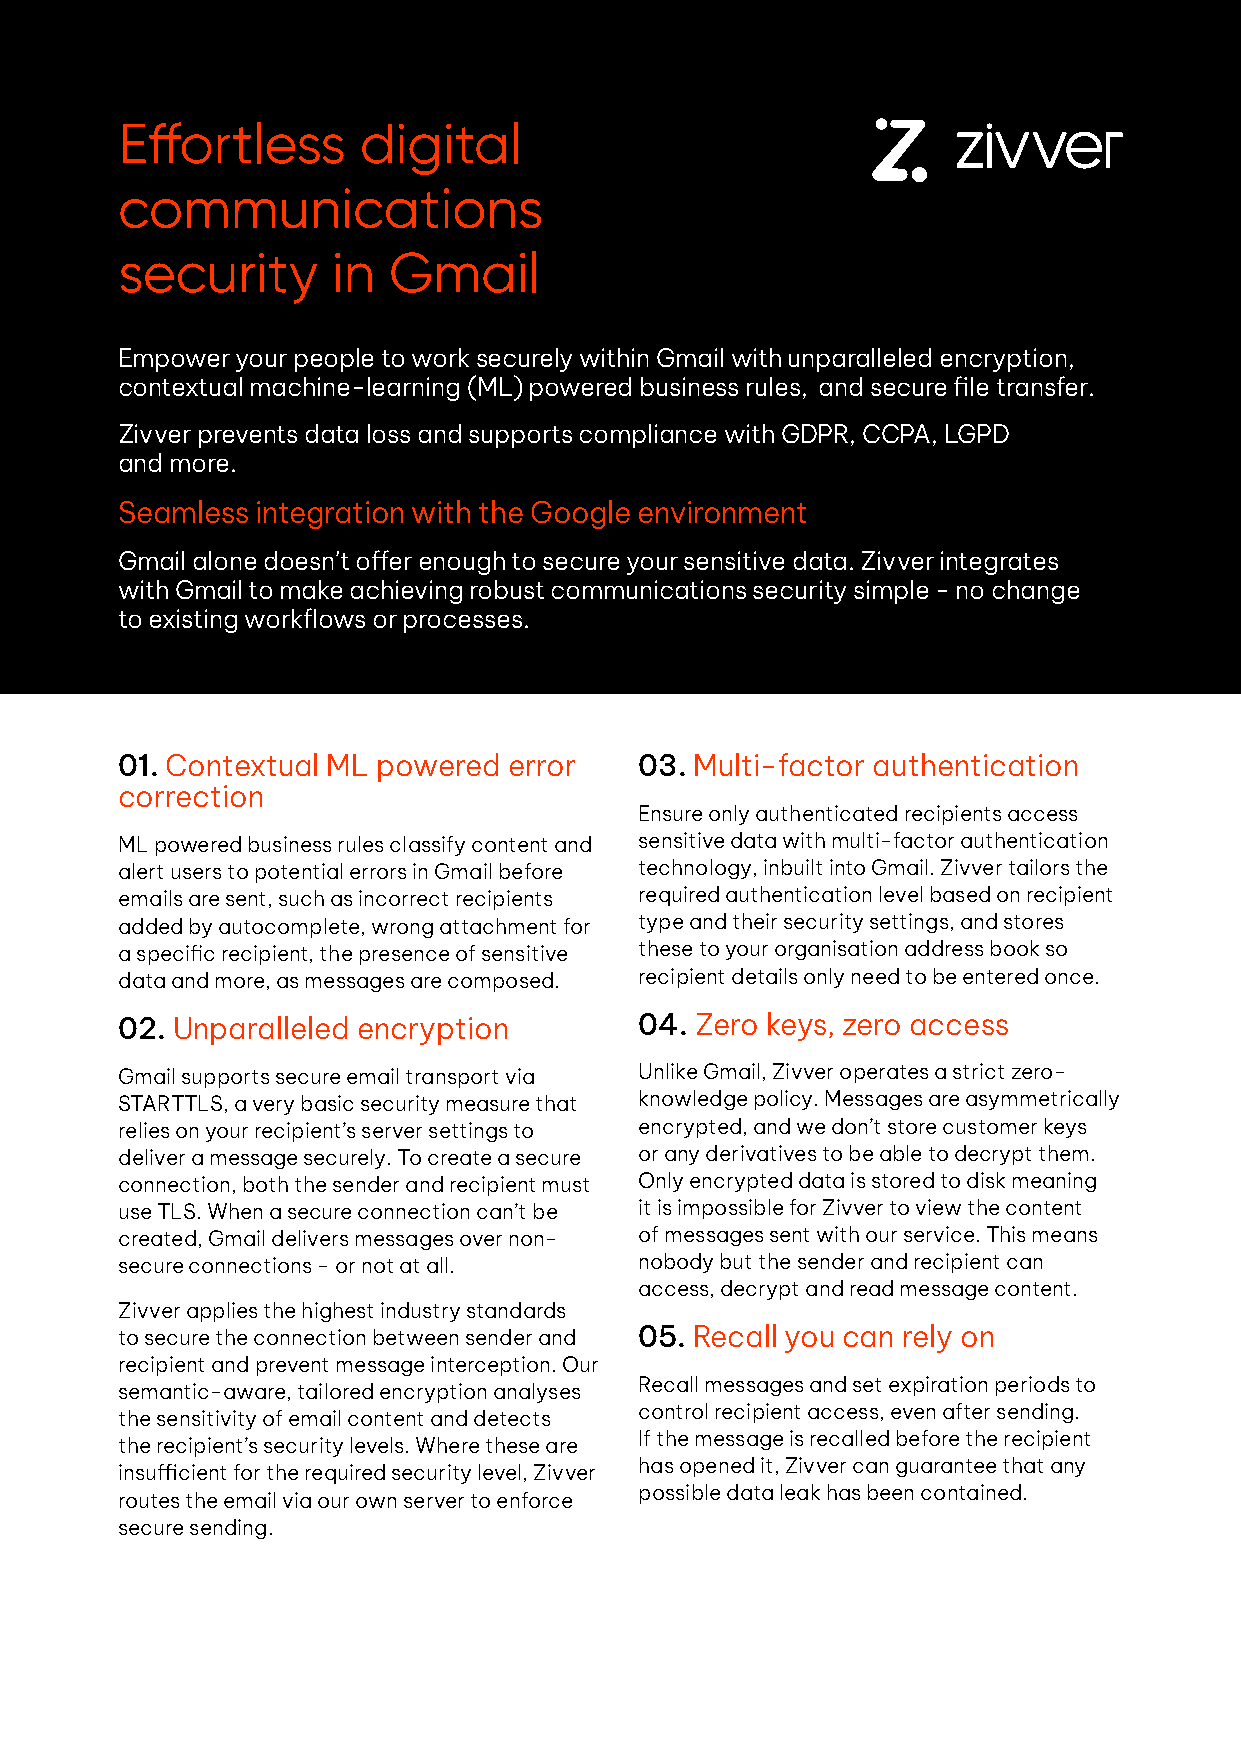
Effortless      digital
 communications
 security      in  Gmail
 Empower your people to work securely within Gmail with unparalleled encryption,
 contextual machine-learning (ML) powered business rules, and secure file transfer.
 Zivver prevents data loss and supports compliance with GDPR, CCPA, LGPD
 and more.
 Seamless integration with the Google environment
 Gmail alone doesn’t offer enough to secure your sensitive data. Zivver integrates
 with Gmail to make achieving robust communications security simple - no change
 to existing workflows or processes.
 01. Contextual ML powered error   03. Multi-factor authentication
 correction
 Ensure only authenticated recipients access
 ML powered business rules classify content and sensitive data with multi-factor authentication
 alert users to potential errors in Gmail before technology, inbuilt into Gmail. Zivver tailors the
 emails are sent, such as incorrect recipients required authentication level based on recipient
 added by autocomplete, wrong attachment for type and their security settings, and stores
 a specific recipient, the presence of sensitive these to your organisation address book so
 data and more, as messages are composed. recipient details only need to be entered once.
 02. Unparalleled encryption       04. Zero keys, zero access
 Gmail supports secure email transport via Unlike Gmail, Zivver operates a strict zero-
 STARTTLS, a very basic security measure that knowledge policy. Messages are asymmetrically
 relies on your recipient’s server settings to encrypted, and we don’t store customer keys
 deliver a message securely. To create a secure or any derivatives to be able to decrypt them.
 connection, both the sender and recipient must Only encrypted data is stored to disk meaning
 use TLS. When a secure connection can’t be it is impossible for Zivver to view the content
 created, Gmail delivers messages over non- of messages sent with our service. This means
 secure connections - or not at all. nobody but the sender and recipient can
 access, decrypt and read message content.
 Zivver applies the highest industry standards
 to secure the connection between sender and 05. Recall you can rely on
 recipient and prevent message interception. Our
 Recall messages and set expiration periods to
 semantic-aware, tailored encryption analyses
 control recipient access, even after sending.
 the sensitivity of email content and detects
 If the message is recalled before the recipient
 the recipient’s security levels. Where these are
 has opened it, Zivver can guarantee that any
 insufficient for the required security level, Zivver
 possible data leak has been contained.
 routes the email via our own server to enforce
 secure sending.